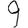
Digit: 9